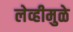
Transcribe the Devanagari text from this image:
लेव्हीमुळे